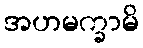
အဟမက္ခာမိ